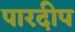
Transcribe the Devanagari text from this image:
पारदीप